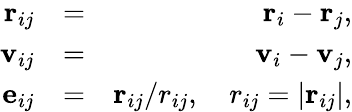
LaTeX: \begin{array}{rlr}{\mathbf{r}_{ij}}&{=}&{\mathbf{r}_{i}-\mathbf{r}_{j},}\\ {\mathbf{v}_{ij}}&{=}&{\mathbf{v}_{i}-\mathbf{v}_{j},}\\ {\mathbf{e}_{ij}}&{=}&{\mathbf{r}_{ij}/r_{ij},\quad r_{ij}=\left|\mathbf{r}_{ij}\right|,}\end{array}